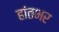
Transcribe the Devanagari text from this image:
हांतभर